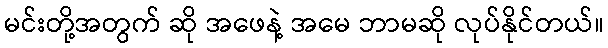
မင်းတို့အတွက် ဆို အဖေနဲ့ အမေ ဘာမဆို လုပ်နိုင်တယ်။